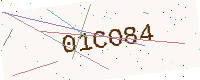
Text: 01CO84